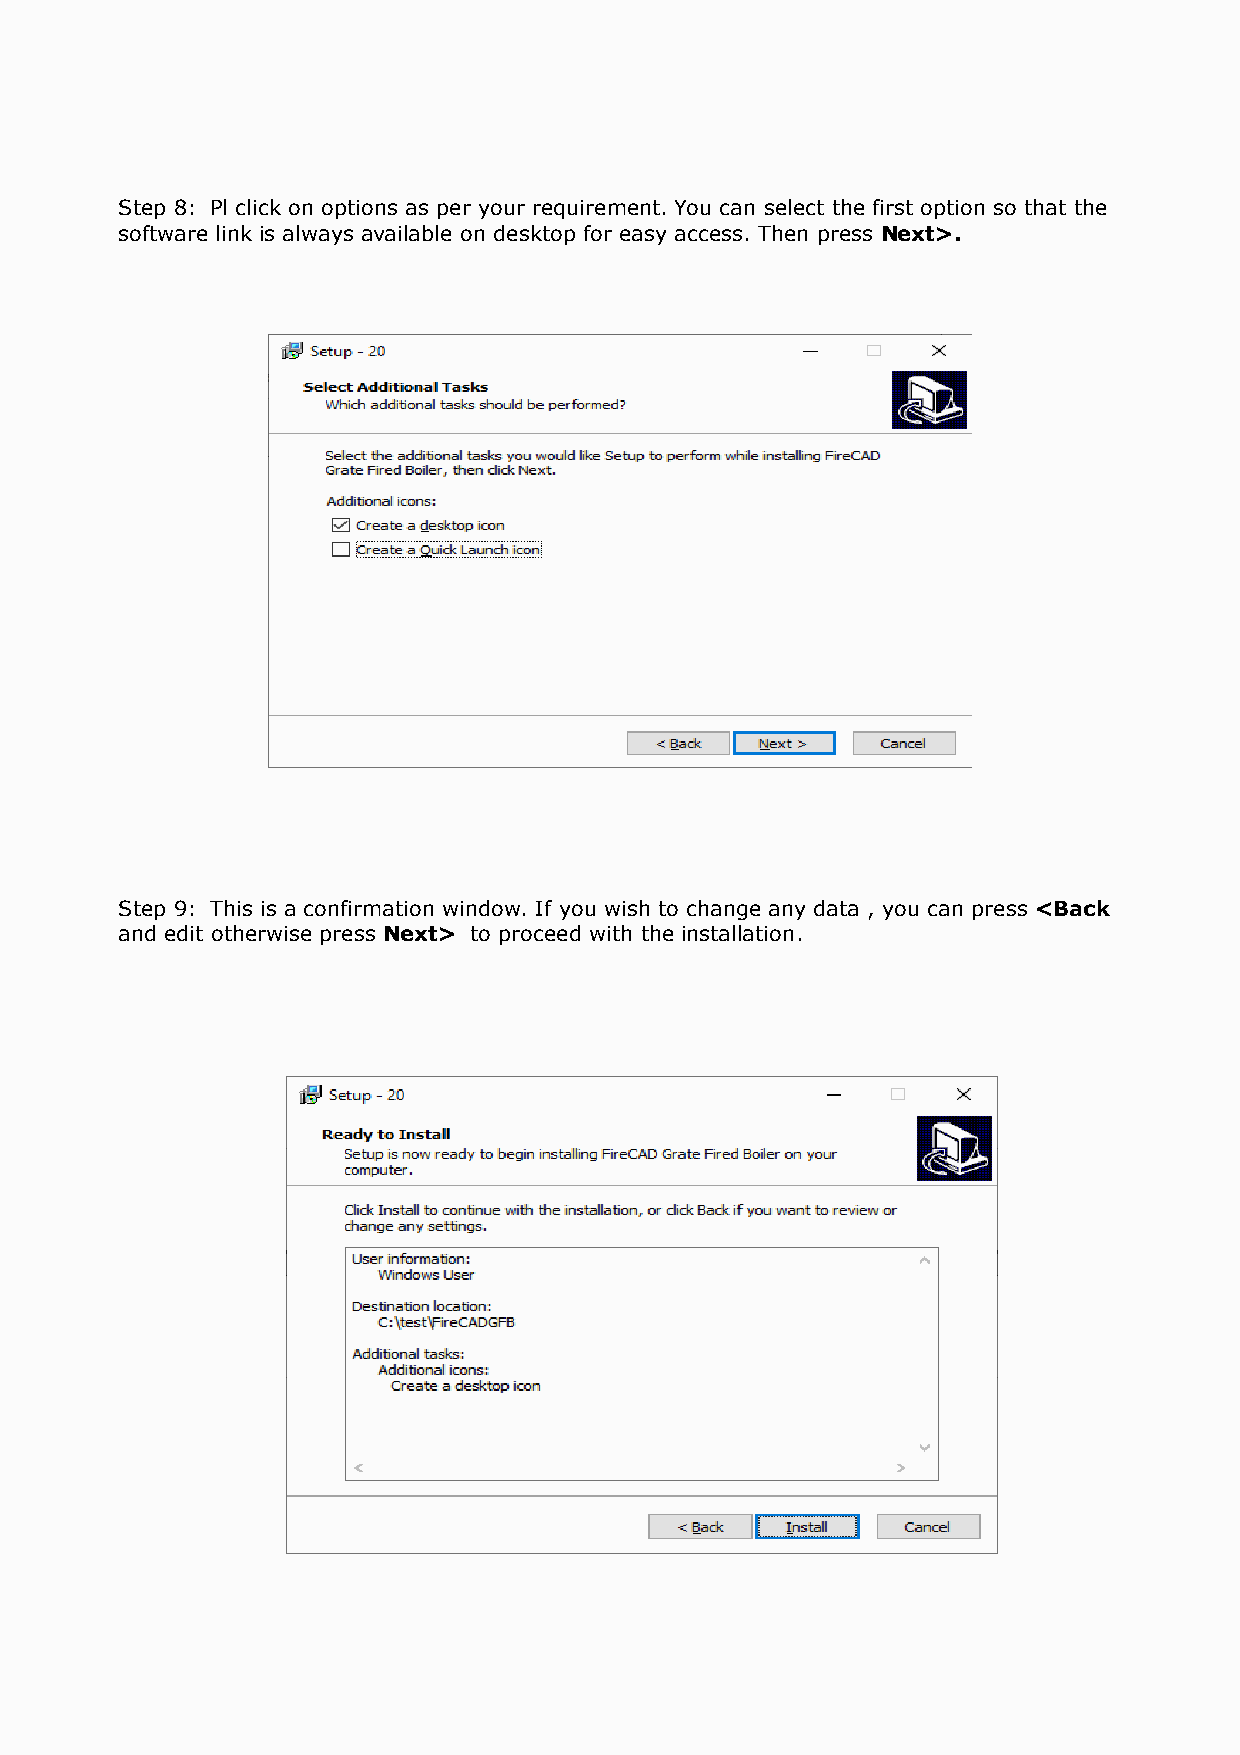
Step 8: Pl click on options as per your requirement. You can select the first option so that the
 software link is always available on desktop for easy access. Then press Next>.
 Step 9: This is a confirmation window. If you wish to change any data , you can press <Back
 and edit otherwise press Next> to proceed with the installation.